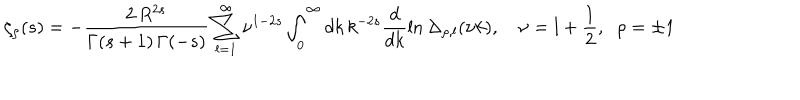
\zeta _ { \rho } ( s ) = - \frac { 2 \, R ^ { 2 s } } { \Gamma ( s + 1 ) \, \Gamma ( - s ) } \sum _ { l = 1 } ^ { \infty } \nu ^ { 1 - 2 s } \int _ { 0 } ^ { \infty } d k \, k ^ { - 2 s } \frac { d } { d k } \ln \Delta _ { \rho , l } ( \nu k ) , \quad \nu = l + \frac { 1 } { 2 } , \; \; \rho = \pm 1